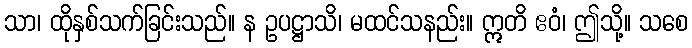
သာ၊ ထိုနှစ်သက်ခြင်းသည်။ န ဥပဋ္ဌာသိ၊ မထင်သနည်း။ ဣတိ ဧဝံ၊ ဤသို့။ သစေ